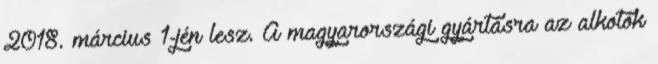
2018. március 1-jén lesz. A magyarországi gyártásra az alkotók